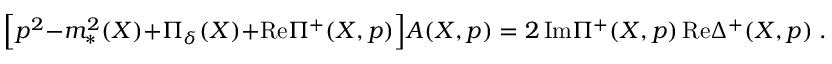
\Bigr [ p ^ { 2 } - m _ { * } ^ { 2 } ( X ) + \Pi _ { \delta } ( X ) + \mathrm { R e } \Pi ^ { + } ( X , p ) \Bigl ] A ( X , p ) = 2 \, \mathrm { I m } \Pi ^ { + } ( X , p ) \, \mathrm { R e } \Delta ^ { + } ( X , p ) \; .